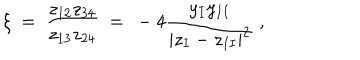
\xi \ = \ \frac { z _ { 1 2 } z _ { 3 4 } } { z _ { 1 3 } z _ { 2 4 } } \ = \ - 4 \frac { y _ { I } y _ { I I } } { | z _ { I } - z _ { I I } | ^ { 2 } } \ ,